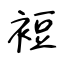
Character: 裋